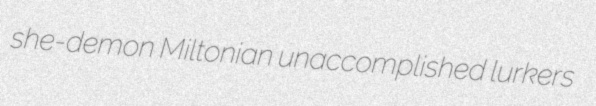
she-demon Miltonian unaccomplished lurkers